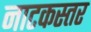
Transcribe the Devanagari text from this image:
नाटकस्तर